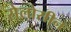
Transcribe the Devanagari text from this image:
सेलोसीन